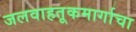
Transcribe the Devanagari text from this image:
जलवाहतूकमार्गाचा